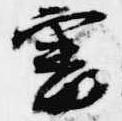
審